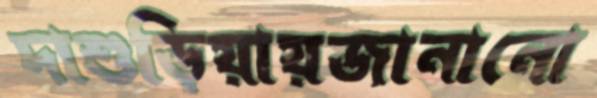
দাশুড়িয়ায়জানানো